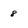
Character: 8